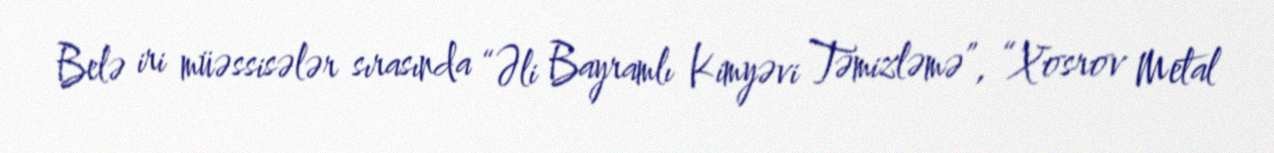
Belə iri müəssisələr sırasında “Əli Bayramlı Kimyəvi Təmizləmə”, “Xosrov Metal